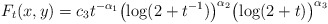
\begin{align*}F_{t}(x,y)=c_{3}t^{-\alpha_{1}}\bigl(\log(2+t^{-1})\bigr)^{\alpha_{2}}\bigl(\log(2+t)\bigr)^{\alpha_{3}}\end{align*}